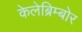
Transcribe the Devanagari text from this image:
केलेब्रिम्बोर